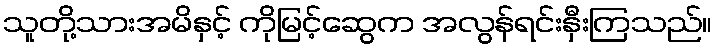
သူတို့သားအမိနှင့် ကိုမြင့်ဆွေက အလွန်ရင်းနှီးကြသည်။